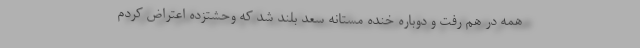
همه در هم رفت و دوباره خنده مستانه سعد بلند شد که وحشتزده اعتراض کردم